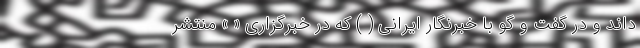
داند و در گفت و گو با خبرنگار ایرانی ( ) که در خبرگزاری « » منتشر